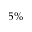
5 \%